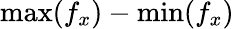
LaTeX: \mathrm{max}(f_{x})-\mathrm{min}(f_{x})